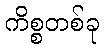
ကိစ္စတစ်ခု